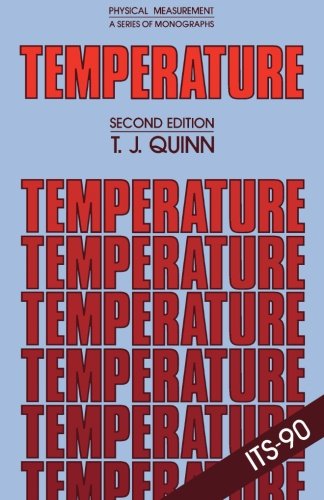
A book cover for Temperature: Second Edition; T. J. Quinn; Science & Math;